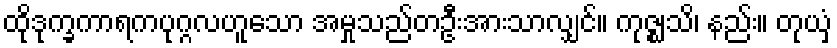
ထိုဒုက္ခကာရကပုဂ္ဂလဟူသော အမှုသည်တဦးအားသာလျှင်။ ကုဇ္ဈသိ၊ နည်း။ တုယှံ